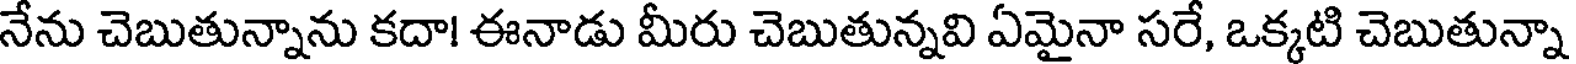
నేను చెబుతున్నాను కదా! ఈనాడు మీరు చెబుతున్నవి ఏమైనా సరే, ఒక్కటి చెబుతున్నా